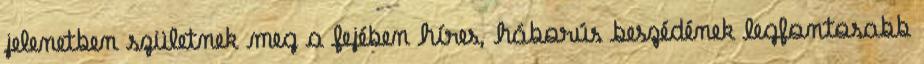
jelenetben születnek meg a fejében híres, háborús beszédének legfontosabb